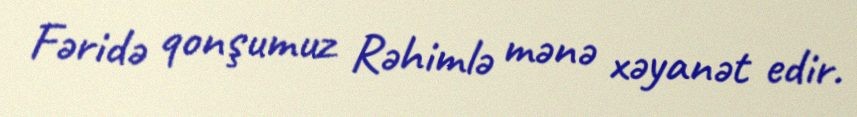
Fəridə qonşumuz Rəhimlə mənə xəyanət edir.